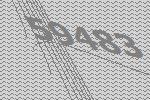
59483